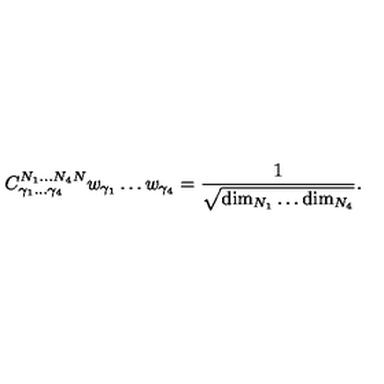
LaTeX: { C } _ { \gamma _ { 1 } \ldots \gamma _ { 4 } } ^ { N _ { 1 } \ldots N _ { 4 } N } w _ { \gamma _ { 1 } } \ldots w _ { \gamma _ { 4 } } = { \frac { 1 } { \sqrt { \mathrm { d i m } _ { N _ { 1 } } \ldots \mathrm { d i m } _ { N _ { 4 } } } } } .